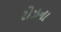
રોઝના